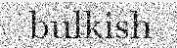
bulkish